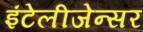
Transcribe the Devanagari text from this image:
इंटेलीजेन्सर